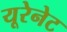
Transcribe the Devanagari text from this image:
यूरेनेट